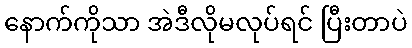
နောက်ကိုသာ အဲဒီလိုမလုပ်ရင် ပြီးတာပဲ